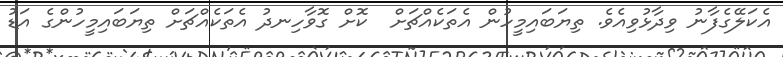
އެކަލޭގެފާނު ވިދާޅުވިއެވެ. ތިޔަބައިމީހުން އެތަކެއްޗަށް  ކޮށް ގޮވާހިނދު އެތަކެއްޗަށް ތިޔަބައިމީހުންގެ އަޑު